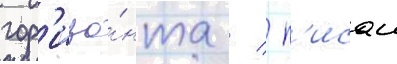
гор'изо́нта /  п'исал